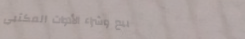
بيع وشراء الأدوات المكتبي